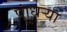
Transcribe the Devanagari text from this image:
पांधर्‍या